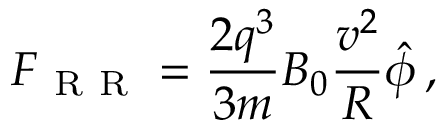
\boldsymbol { F } _ { \mathrm { ~ R ~ R ~ } } = \frac { 2 q ^ { 3 } } { 3 m } B _ { 0 } \frac { v ^ { 2 } } { R } \boldsymbol { \hat { \phi } } \, ,